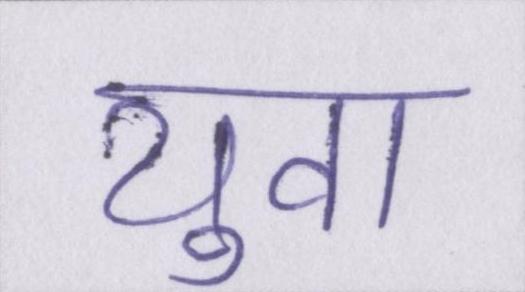
युवा